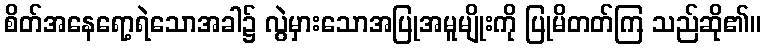
စိတ်အနေရော့ရဲသောအခါ၌ လွဲမှားသောအပြုအမူမျိုးကို ပြုမိတတ်ကြ သည်ဆို၏။